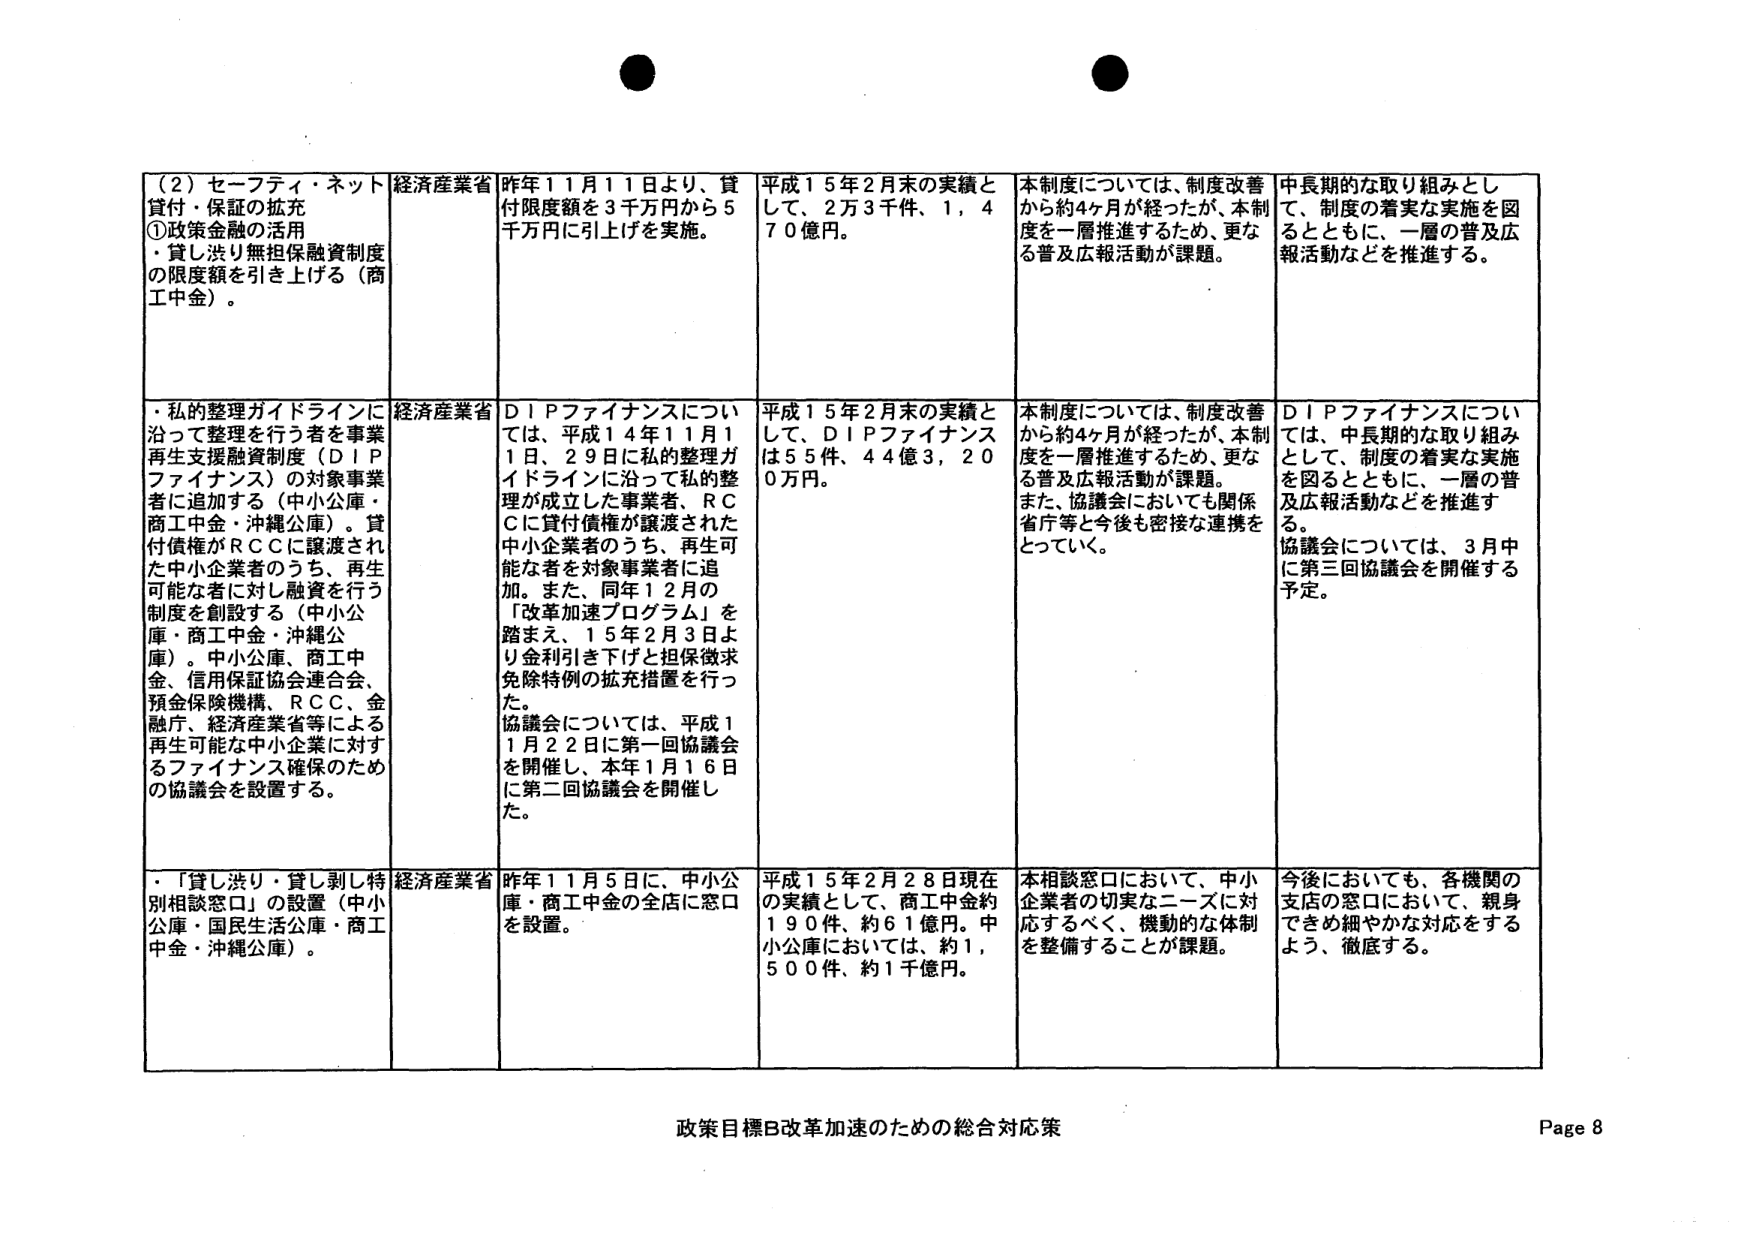
（２）セーフティ・ネット 貸付・保証の拡充
①政策金融の活用
・貸し渋り無担保融資制度の限度額を引き上げる（商工中金）。

経済産業省
昨年１１月１１日より、貸付限度額を３千万円から５千万円に引上げを実施。

平成１５年２月末の実績として、２万３千件、１，４７０億円。

本制度については、制度改善から約４ヶ月が経ったが、本制度を一層推進するため、更なる普及広報活動が課題。

中長期的な取り組みとして、制度の着実な実施を図るとともに、一層の普及広報活動などを推進する。

・私的整理ガイドラインに沿って整理を行う者を事業再生支援融資制度（ＤＩＰファイナンス）の対象事業者に追加する（中小公庫・商工中金・沖縄公庫）。貸付債権がＲＣＣに譲渡された中小企業者のうち、再生可能な者に対し融資を行う制度を創設する（中小公庫・商工中金・沖縄公庫）。中小公庫、商工中金、信用保証協会連合会、預金保険機構、ＲＣＣ、金融庁、経済産業省等による再生可能な中小企業に対するファイナンス確保のための協議会を設置する。

経済産業省
ＤＩＰファイナンスについては、平成１４年１１月１１日、２９日に私的整理ガイドラインに沿って私的整理が成立した事業者、ＲＣＣに貸付債権が譲渡された中小企業者のうち、再生可能な者を対象事業者に追加。また、同年１２月の「改革加速プログラム」を踏まえ、１５年２月３日より金利引き下げと担保徴求免除特例の拡充措置を行った。
協議会については、平成１１月２２日に第一回協議会を開催し、本年１月１６日に第二回協議会を開催した。

平成１５年２月末の実績として、ＤＩＰファイナンスは５５件、４４億３，２００万円。

本制度については、制度改善から約４ヶ月が経ったが、本制度を一層推進するため、更なる普及広報活動が課題。また、協議会においても関係省庁等と今後も密接な連携をとっていく。

ＤＩＰファイナンスについては、中長期的な取り組みとして、制度の着実な実施を図るとともに、一層の普及広報活動などを推進する。
協議会については、３月中に第三回協議会を開催する予定。

・「貸し渋り・貸し剥き特別相談窓口」の設置（中小公庫・国民生活公庫・商工中金・沖縄公庫）。

経済産業省
昨年１１月５日に、中小公庫・商工中金の全店に窓口を設置。

平成１５年２月２８日現在の実績として、商工中金約１９０件、約６１億円。中小公庫においては、約１，５００件、約１千億円。

本相談窓口において、中小企業者の切実なニーズに対応するべく、機動的な体制を整備することが課題。

今後においても、各機関の支店の窓口において、親身できめ細やかな対応をするよう、徹底する。

政策目標Ｂ改革加速のための総合対応策
Page 8